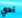
آدي